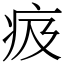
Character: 㽺